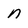
Character: n